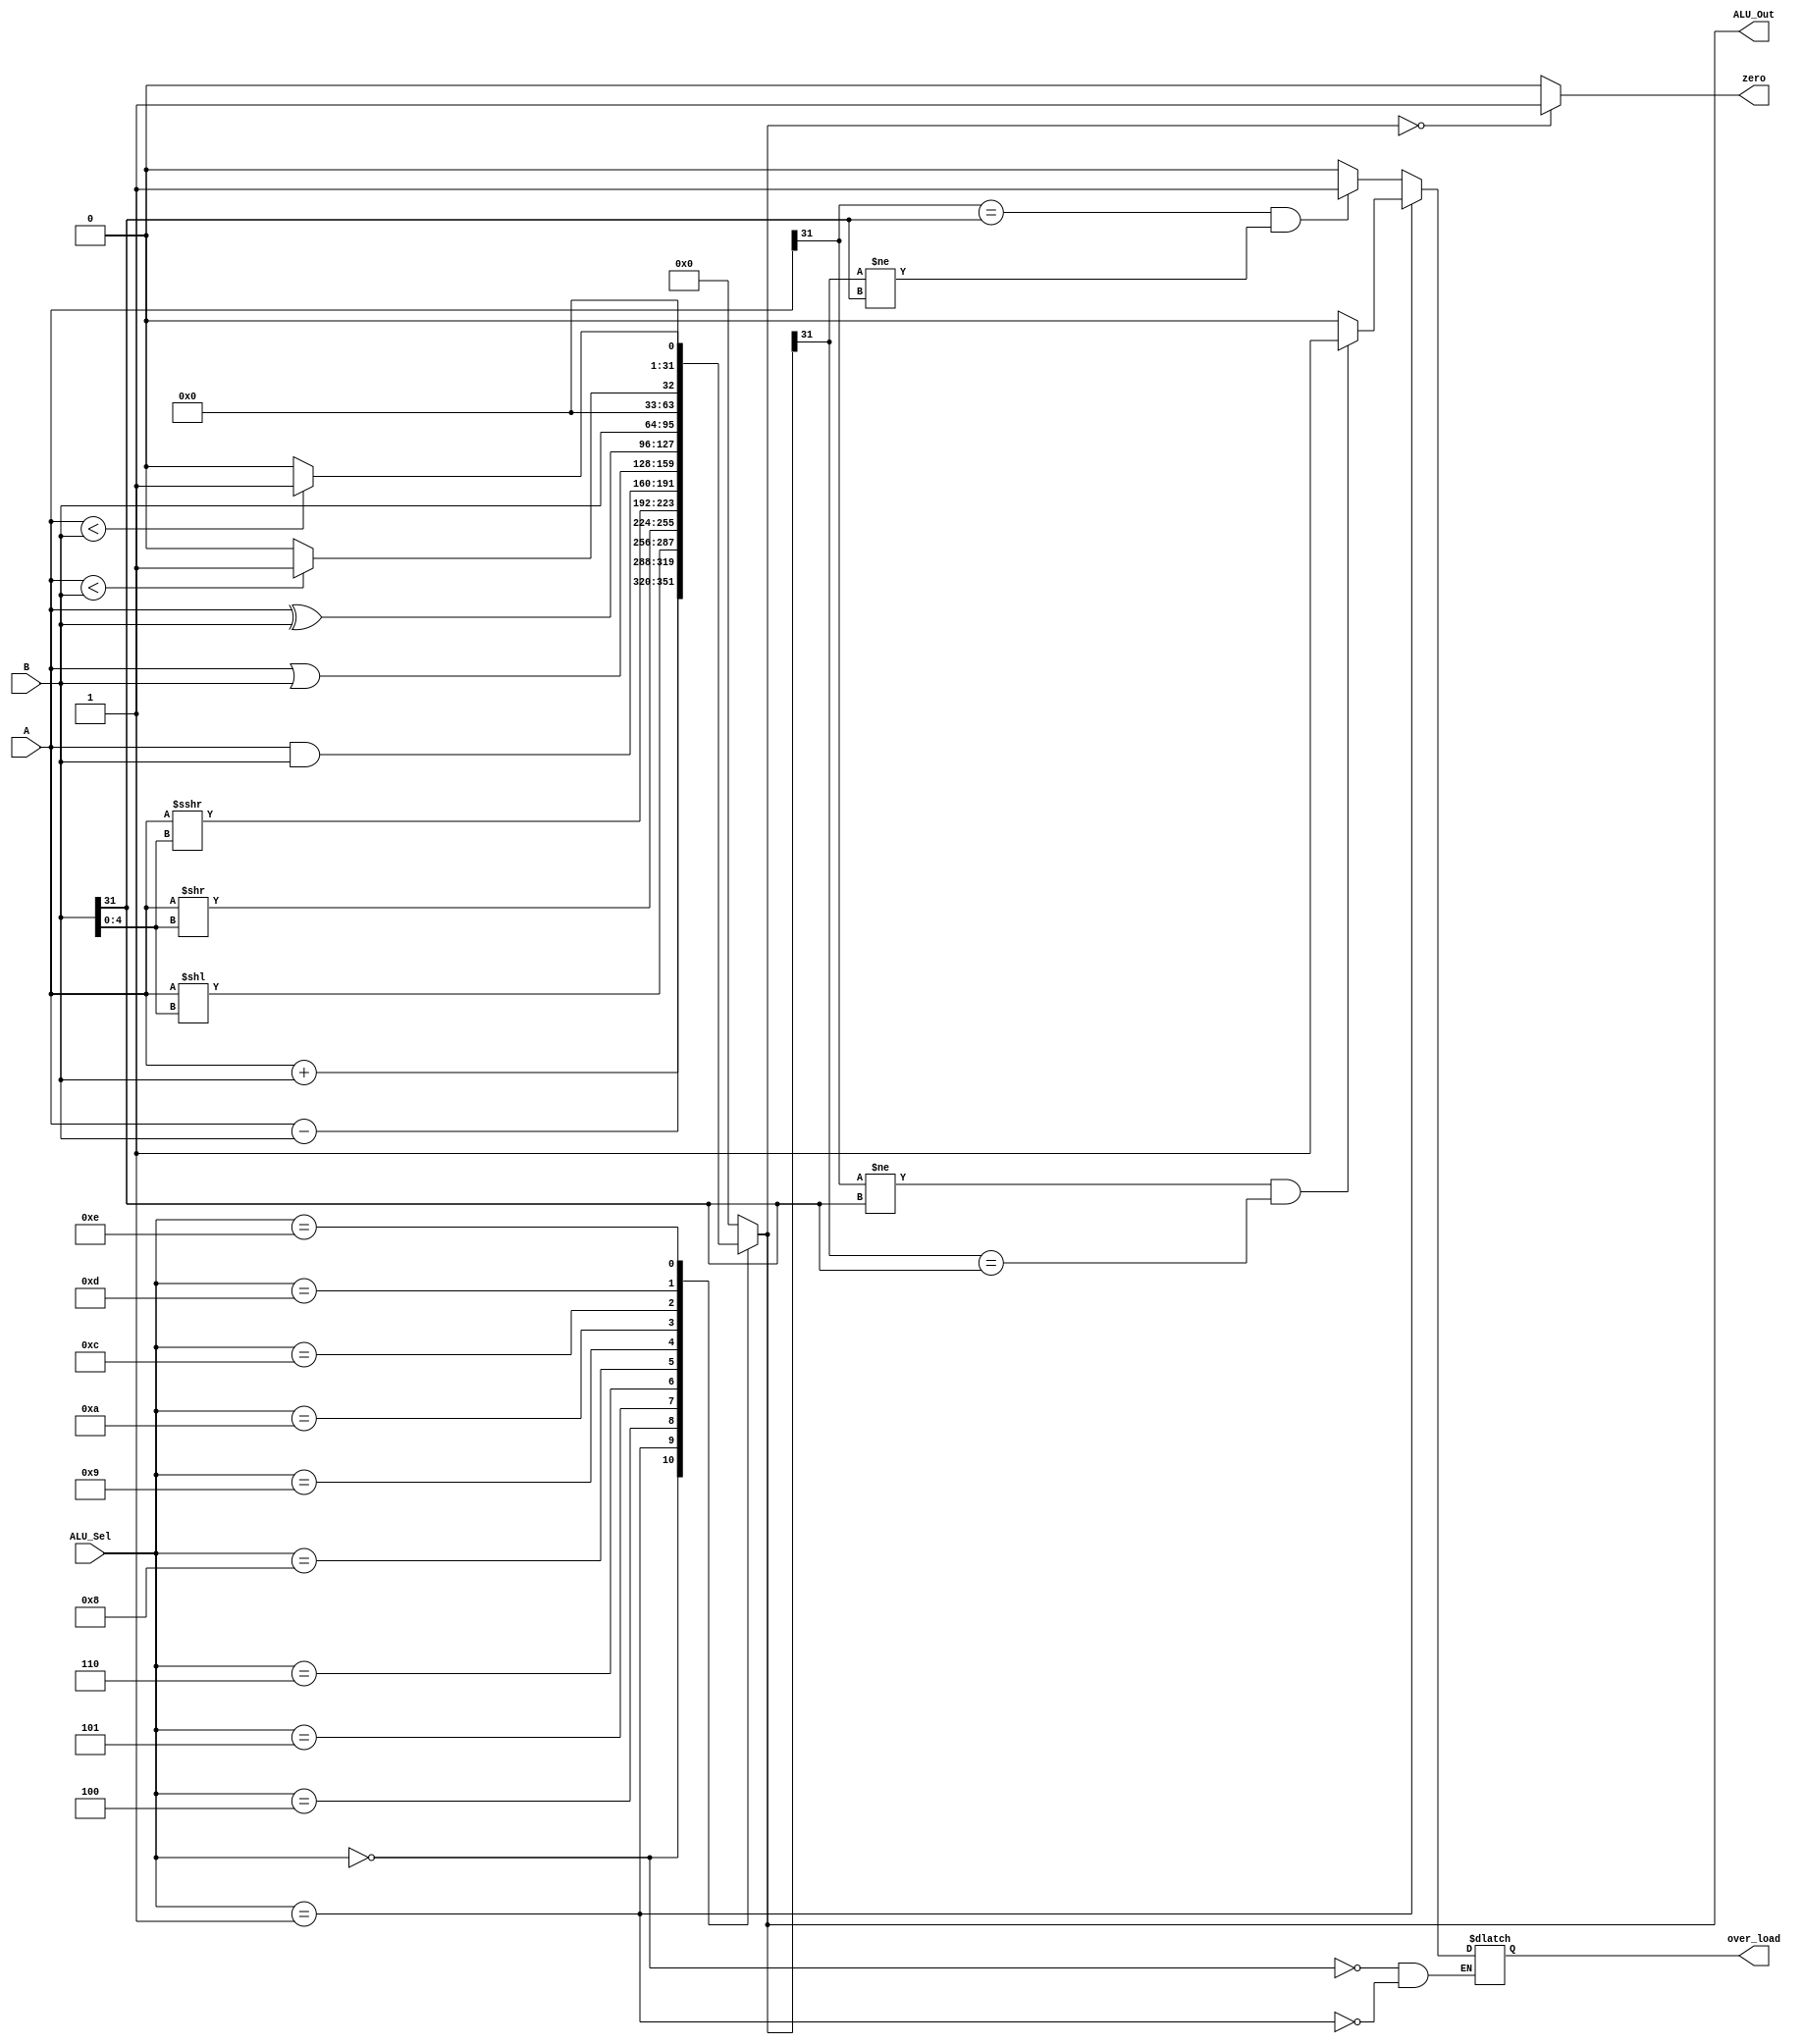
module alu(input [31:0] A,B,  // ALU 8-bit Inputs
           input [3:0] ALU_Sel,// ALU Selection
           output [31:0] ALU_Out, // ALU 8-bit Output
           output reg zero,over_load);
    reg [31:0] ALU_Result;
    wire [32:0] tmp;
    
    assign ALU_Out = ALU_Result; // ALU out
    
    always @(*)begin
      case(ALU_Sel)
      4'b0000: // Addition
      begin
        ALU_Result <= A + B ;

                if ((A[31] == B[31])&&(ALU_Result[31] != B[31])) over_load <= 1;
                else over_load <=0;
      end
      4'b0001:
      begin // Subtraction
        ALU_Result <= A - B ;
                if ((A[31]!=B[31])&&(ALU_Result[31] == B[31])) over_load <= 1;
                else over_load <=0;
      end
      4'b0100: // Logical shift left
        ALU_Result <= A<<B[4:0];//max shifting limit of 31 bits
      4'b0101: // Logical shift right
        ALU_Result <= A>>B[4:0];//max shifting limit of 31 bits
      4'b0110: // Arithmetic Shift right
        ALU_Result <= A>>>B[4:0];
      4'b1000: //  Logical and
        ALU_Result <= A & B;
      4'b1001: //  Logical or
        ALU_Result <= A | B;
      4'b1010: //  Logical xor
        ALU_Result <= A ^ B;
      4'b1100: //  copy B for lui
        ALU_Result <= B;
      4'b1101: // Greater comparison unsigned
        ALU_Result <= (A < B)?32'd1:32'd0 ;
      4'b1110: // Greater comparison signed
        ALU_Result <= ($signed(A) < $signed(B))?32'd1:32'd0 ;
      default: ALU_Result <= 32'b0 ;
      endcase
      if (ALU_Result == 0) zero <=1;
                else zero <= 0;
    end

endmodule